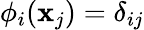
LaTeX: \phi_{i}(\mathbf{x}_{j})=\delta_{ij}